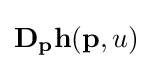
\mathbf {D_{p}h} (\mathbf {p} ,u)